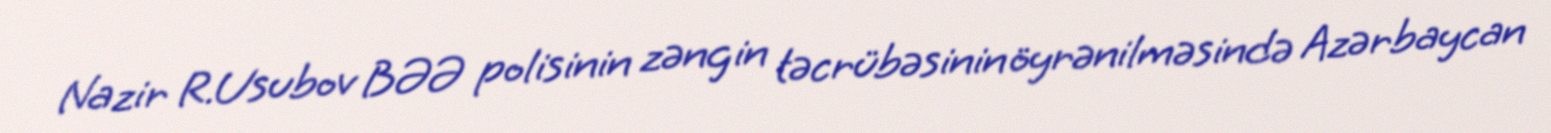
Nazir R.Usubov BƏƏ polisinin zəngin təcrübəsinin öyrənilməsində Azərbaycan